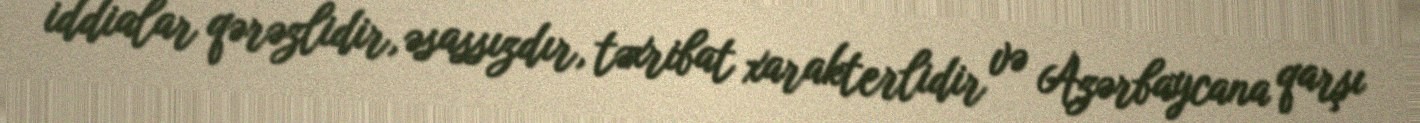
iddialar qərəzlidir, əsassızdır, təxribat xarakterlidir və Azərbaycana qarşı